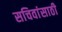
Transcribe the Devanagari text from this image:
सचिवांसाठी